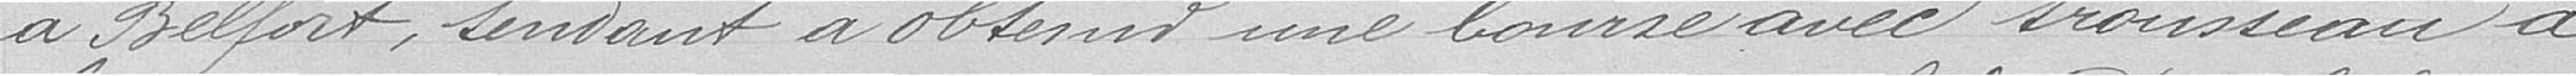
à Belfort, tendant à obtenir une bourse avec trousseau à